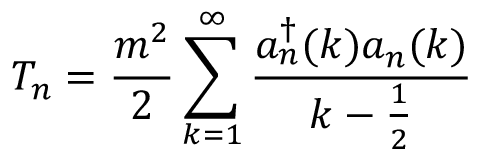
T _ { n } = \frac { m ^ { 2 } } { 2 } \sum _ { k = 1 } ^ { \infty } \frac { a _ { n } ^ { \dagger } ( k ) a _ { n } ( k ) } { k - \frac { 1 } { 2 } }